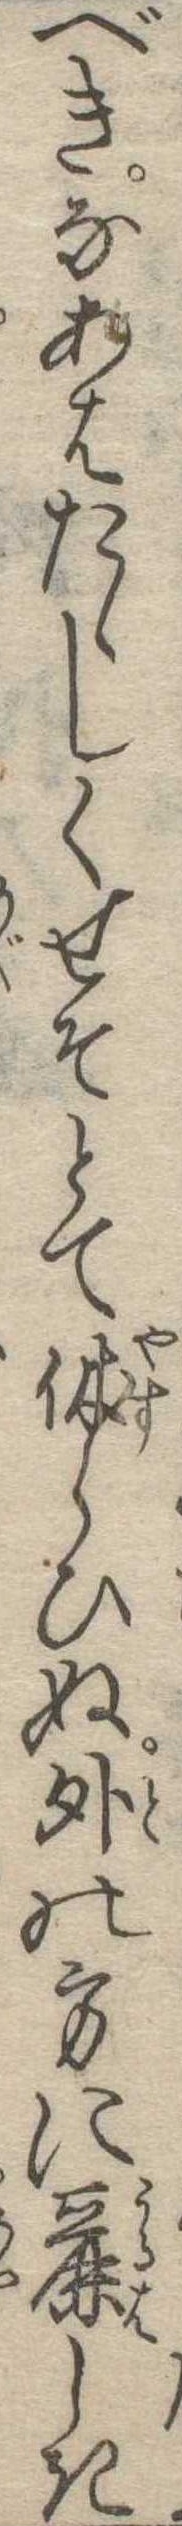
べきなあはたゝしくせそとて休らひぬ外の方に麗しき